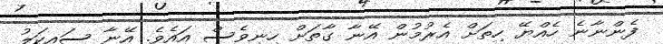
ފެންނާނެ ހެއްޔޭ ހިތަށް އެރުމުން އޭނާ ގާތަށް ހިނިވެސް އައެވެ. އޭނާ ސައިކަލު